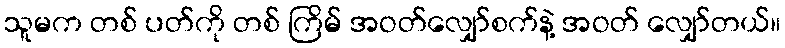
သူမက တစ် ပတ်ကို တစ် ကြိမ် အဝတ်လျှော်စက်နဲ့ အဝတ် လျှော်တယ်။